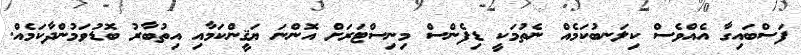
ފަސްބައިގާ އެއްވެސް ކިލަނބުކަމެއް ނެތުމަކީ ޑިފެންސް މިނިސްޓަރަށް އޮންނަ ޔަޤީންކަމާއި އިތުބާރު ބޮޑުވަމުންދާކަމެއް.